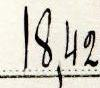
18,42